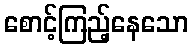
စောင့်ကြည့်နေသော